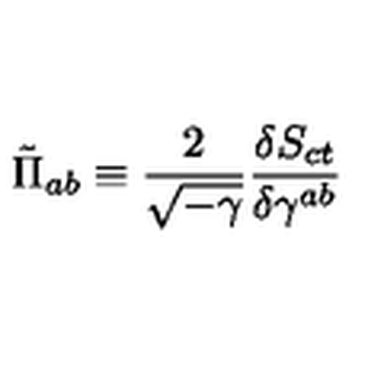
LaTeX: \tilde { \Pi } _ { a b } \equiv \frac { 2 } { \sqrt { - \gamma } } \frac { \delta S _ { c t } } { \delta \gamma ^ { a b } }